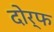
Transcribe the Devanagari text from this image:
दोर्फ